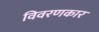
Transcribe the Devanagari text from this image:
विवरणकार